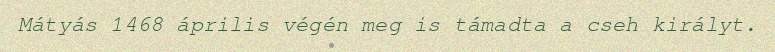
Mátyás 1468 április végén meg is támadta a cseh királyt.